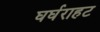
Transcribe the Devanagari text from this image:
घर्घराहट